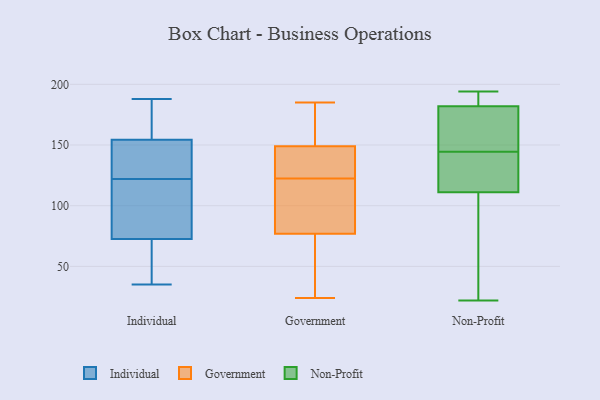
{"axis": {"x": "Budget (USD K)", "y": "Value"}, "legend": ["Government", "Individual", "Non-Profit"], "data": [{"x": "", "y": 68, "type": "Individual"}, {"x": "", "y": 177, "type": "Individual"}, {"x": "", "y": 149, "type": "Individual"}, {"x": "", "y": 146, "type": "Individual"}, {"x": "", "y": 122, "type": "Individual"}, {"x": "", "y": 115, "type": "Individual"}, {"x": "", "y": 35, "type": "Individual"}, {"x": "", "y": 74, "type": "Individual"}, {"x": "", "y": 82, "type": "Individual"}, {"x": "", "y": 188, "type": "Individual"}, {"x": "", "y": 144, "type": "Individual"}, {"x": "", "y": 170, "type": "Individual"}, {"x": "", "y": 60, "type": "Individual"}, {"x": "", "y": 77, "type": "Government"}, {"x": "", "y": 74, "type": "Government"}, {"x": "", "y": 184, "type": "Government"}, {"x": "", "y": 43, "type": "Government"}, {"x": "", "y": 24, "type": "Government"}, {"x": "", "y": 86, "type": "Government"}, {"x": "", "y": 185, "type": "Government"}, {"x": "", "y": 92, "type": "Government"}, {"x": "", "y": 112, "type": "Government"}, {"x": "", "y": 161, "type": "Government"}, {"x": "", "y": 133, "type": "Government"}, {"x": "", "y": 141, "type": "Government"}, {"x": "", "y": 149, "type": "Government"}, {"x": "", "y": 142, "type": "Government"}, {"x": "", "y": 194, "type": "Non-Profit"}, {"x": "", "y": 129, "type": "Non-Profit"}, {"x": "", "y": 117, "type": "Non-Profit"}, {"x": "", "y": 22, "type": "Non-Profit"}, {"x": "", "y": 37, "type": "Non-Profit"}, {"x": "", "y": 182, "type": "Non-Profit"}, {"x": "", "y": 152, "type": "Non-Profit"}, {"x": "", "y": 194, "type": "Non-Profit"}, {"x": "", "y": 160, "type": "Non-Profit"}, {"x": "", "y": 102, "type": "Non-Profit"}, {"x": "", "y": 188, "type": "Non-Profit"}, {"x": "", "y": 109, "type": "Non-Profit"}, {"x": "", "y": 183, "type": "Non-Profit"}, {"x": "", "y": 148, "type": "Non-Profit"}, {"x": "", "y": 141, "type": "Non-Profit"}, {"x": "", "y": 182, "type": "Non-Profit"}, {"x": "", "y": 111, "type": "Non-Profit"}, {"x": "", "y": 141, "type": "Non-Profit"}]}